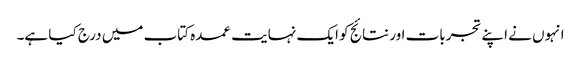
انہوں نے اپنے تجربات اور نتائج کو ایک نہایت عمدہ کتاب میں درج کیا ہے۔